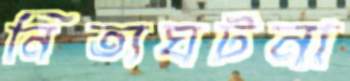
নিত্যঘটনা